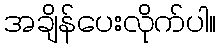
အချိန်ပေးလိုက်ပါ။